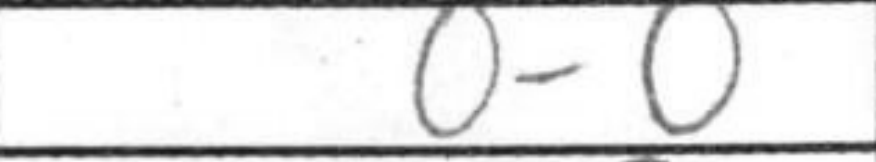
Transcription: O-O